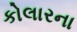
કોલારના